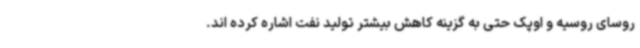
روسای روسیه و اوپک حتی به گزینه کاهش بیشتر تولید نفت اشاره کرده اند.